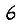
Digit: 6